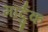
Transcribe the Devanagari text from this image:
मार्दुक